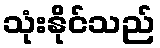
သုံးနိုင်သည်